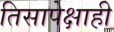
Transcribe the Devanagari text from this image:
तिसापेक्षाही